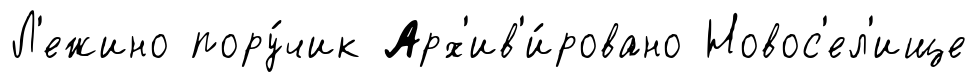
Л'ежино пору́чик Арх'ив'и́ровано Новос'ел'ище